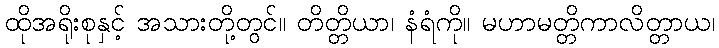
ထိုအရိုးစုနှင့် အသားတို့တွင်။ တိတ္တိယာ၊ နံရံကို။ မဟာမတ္တိကာလိတ္တာယ၊